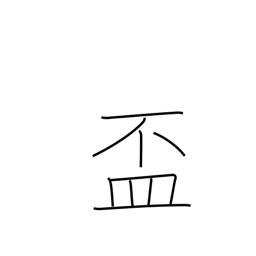
Meaning: cup